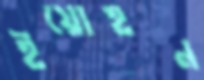
ইয়োহন